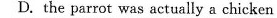
D. the parrot was actually a chicken